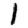
Digit: 1